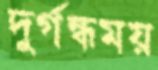
দুর্গন্ধময়